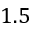
1 . 5